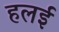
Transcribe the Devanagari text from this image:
हलई